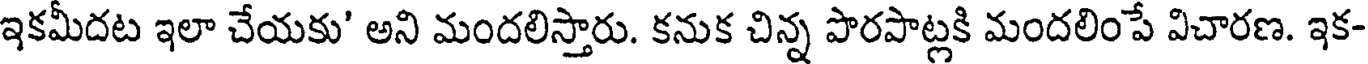
ఇకమీదట ఇలా చేయకు' అని మందలిస్తారు. కనుక చిన్న పొరపాట్లకి మందలింపే విచారణ. ఇక-